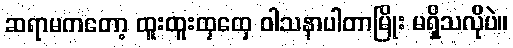
ဆရာမကတော့ ထူးထူးထှထှေ ဝါသနာပါတာမြိုး မရှိသလိုပဲ။